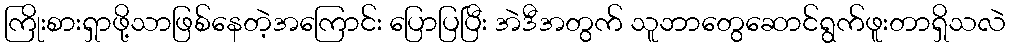
ကြိုးစားရှာဖို့သာဖြစ်နေတဲ့အကြောင်း ပြောပြပြီး အဲဒီအတွက် သူဘာတွေဆောင်ရွက်ဖူးတာရှိသလဲ